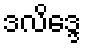
ဒလိဒ္ဒေ